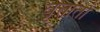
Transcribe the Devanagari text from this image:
वृत्तातों